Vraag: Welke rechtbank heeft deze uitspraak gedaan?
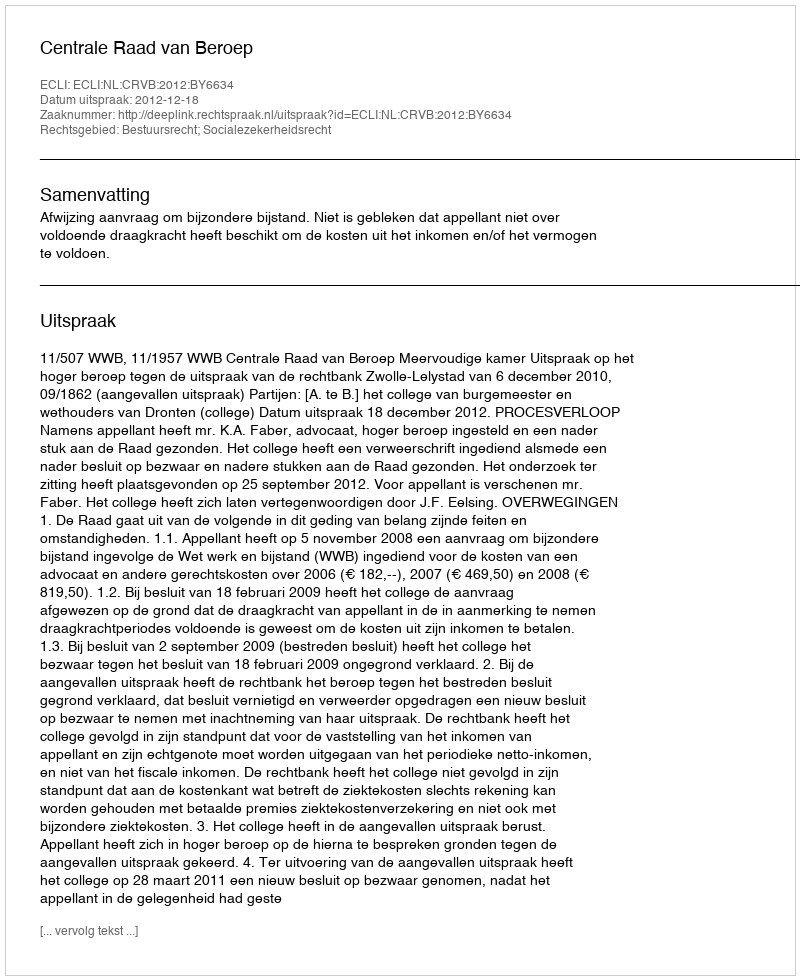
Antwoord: Centrale Raad van Beroep